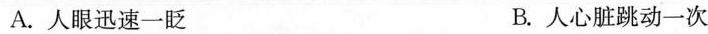
A.人眼迅速一眨 B.人心脏跳动一次